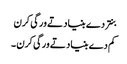
بنتر دے بنیاد تے ورگی کرن
کم دے بنیاد تے ورگی کرن ۔